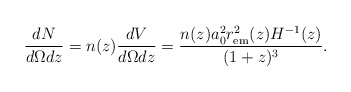
\begin{align*}\frac{dN}{ d\Omega dz } = n(z) \frac{dV}{ d\Omega dz} = \frac{n(z) a^2_0 r_{\rm em}^2(z) H^{-1} (z)}{ (1+z)^3}. \end{align*}